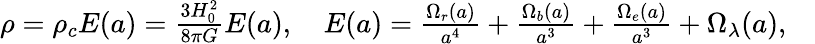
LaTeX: \begin{array}{r}{\rho=\rho_{c}E(a)=\frac{3H_{0}^{2}}{8\pi G}E(a),\quad E(a)=\frac{\Omega_{r}(a)}{a^{4}}+\frac{\Omega_{b}(a)}{a^{3}}+\frac{\Omega_{e}(a)}{a^{3}}+\Omega_{\lambda}(a),\quad}\end{array}